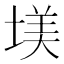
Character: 𡎤